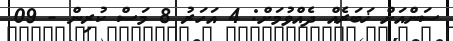
ސަންއަށް ޚަބަރެއް ދެއްވުމަށް: 4 އަހަރު 8 މަސް ކުރިން - 09